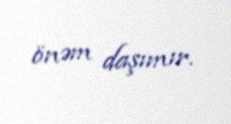
önəm daşımır.